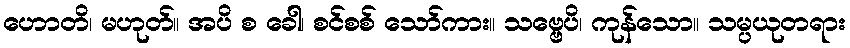
ဟောတိ၊ မဟုတ်။ အပိ စ ခေါ၊ စင်စစ် သော်ကား။ သဗ္ဗေပိ၊ ကုန်သော။ သမ္ပယုတရား